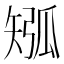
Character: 𥏩